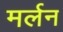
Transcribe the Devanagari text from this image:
मर्लन